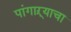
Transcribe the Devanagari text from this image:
पांगाऱ्याचा